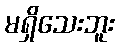
မရှိသေးဘူး